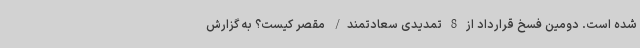
شده است. دومین فسخ قرارداد از 8 تمدیدی سعادتمند/ مقصر کیست؟ به گزارش